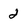
Character: 2